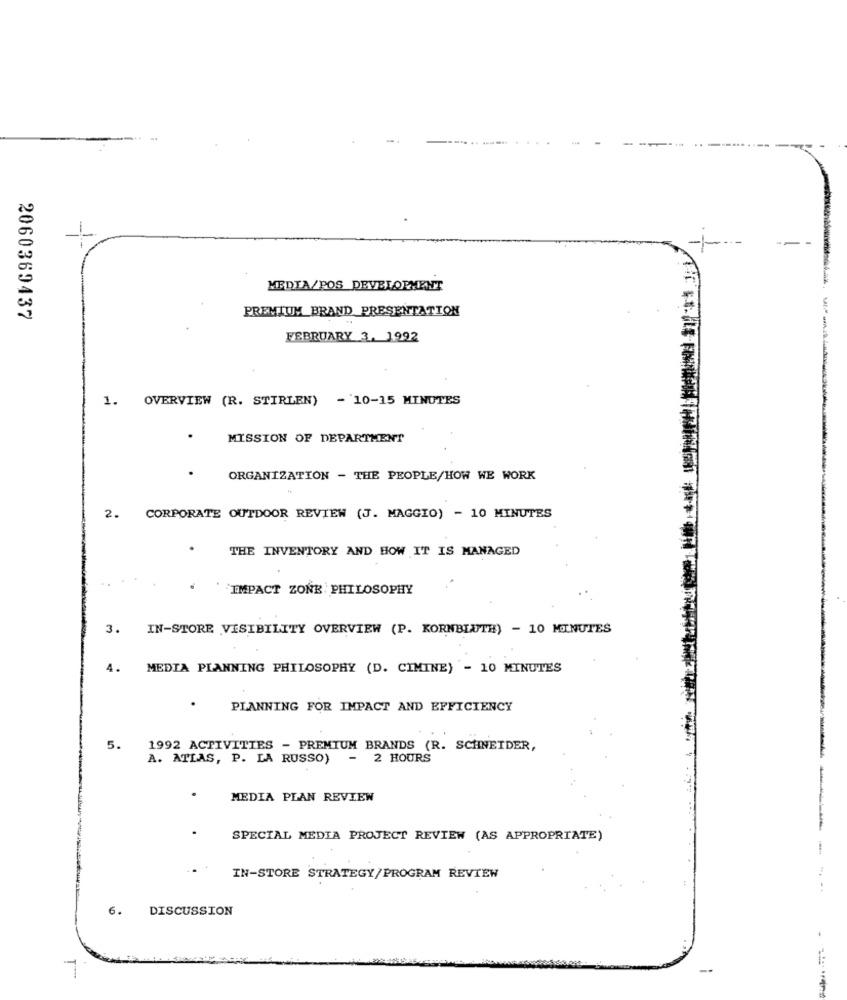
MEDIA/POS_DEVELOPMENT
2060369437
PREMIUM_BRAND PRESENTATION
FEBRUARY 3, 1992
1. OVERVIEW (R. STIRLEN) - 10-15 MINUTES
MISSION OF DEPARTMENT
ORGANIZATION - THE PEOPLE/HOW WE WORK
2.
CORPORATE OUTDOOR REVIEW (J. MAGGIO) - 10 MINUTES
THE INVENTORY AND HOW IT IS MANAGED
IMPACT ZONE PHILOSOPHY
3.
IN-STORE VISIBILITY OVERVIEW (P. KORNBLUTH) - 10 MINUTES
4.
MEDIA PLANNING PHILOSOPHY (D. CIMINE) - 10 MINUTES
PLANNING FOR IMPACT AND EFFICIENCY
5.
1992 ACTIVITIES - PREMIUM BRANDS (R. SCHNEIDER,
A. ATLAS, P. LA RUSSO) - 2 HOURS
MEDIA PLAN REVIEW
SPECIAL MEDIA PROJECT REVIEW (AS APPROPRIATE)
IN-STORE STRATEGY/PROGRAM REVIEW
6.
DISCUSSION
T' ***